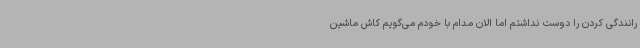
رانندگی کردن را دوست نداشتم اما الان مدام با خودم می‌گویم کاش ماشین